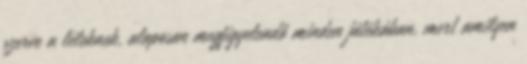
szerve a léleknek, alaposan megfigyelendő minden játékában, mert amilyen